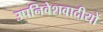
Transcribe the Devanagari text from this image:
उपनिवेशवादीयों